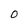
Character: 0